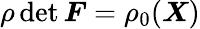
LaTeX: \rho\, \mathrm{det\, }\boldsymbol F=\rho_{0}(\boldsymbol X)